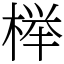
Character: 榉